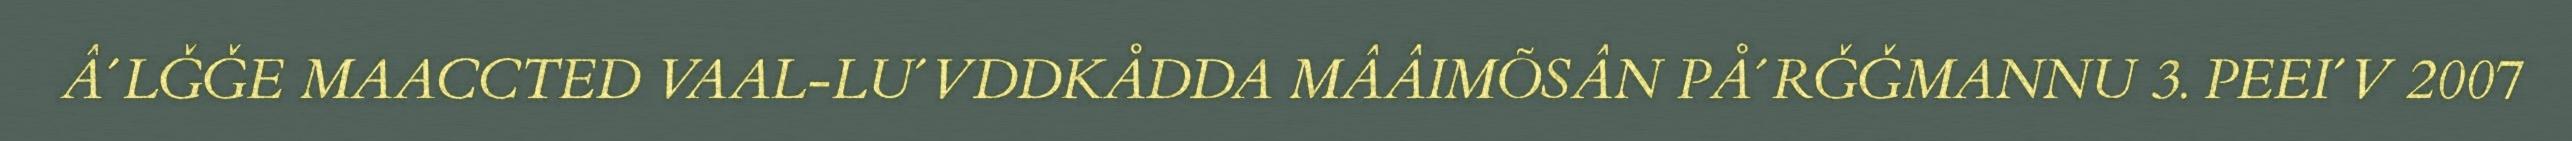
Â´LǦǦE MAACCTED VAAL-LU´VDDKÅDDA MÂÂIMÕSÂN PÅ´RǦǦMANNU 3. PEEI´V 2007